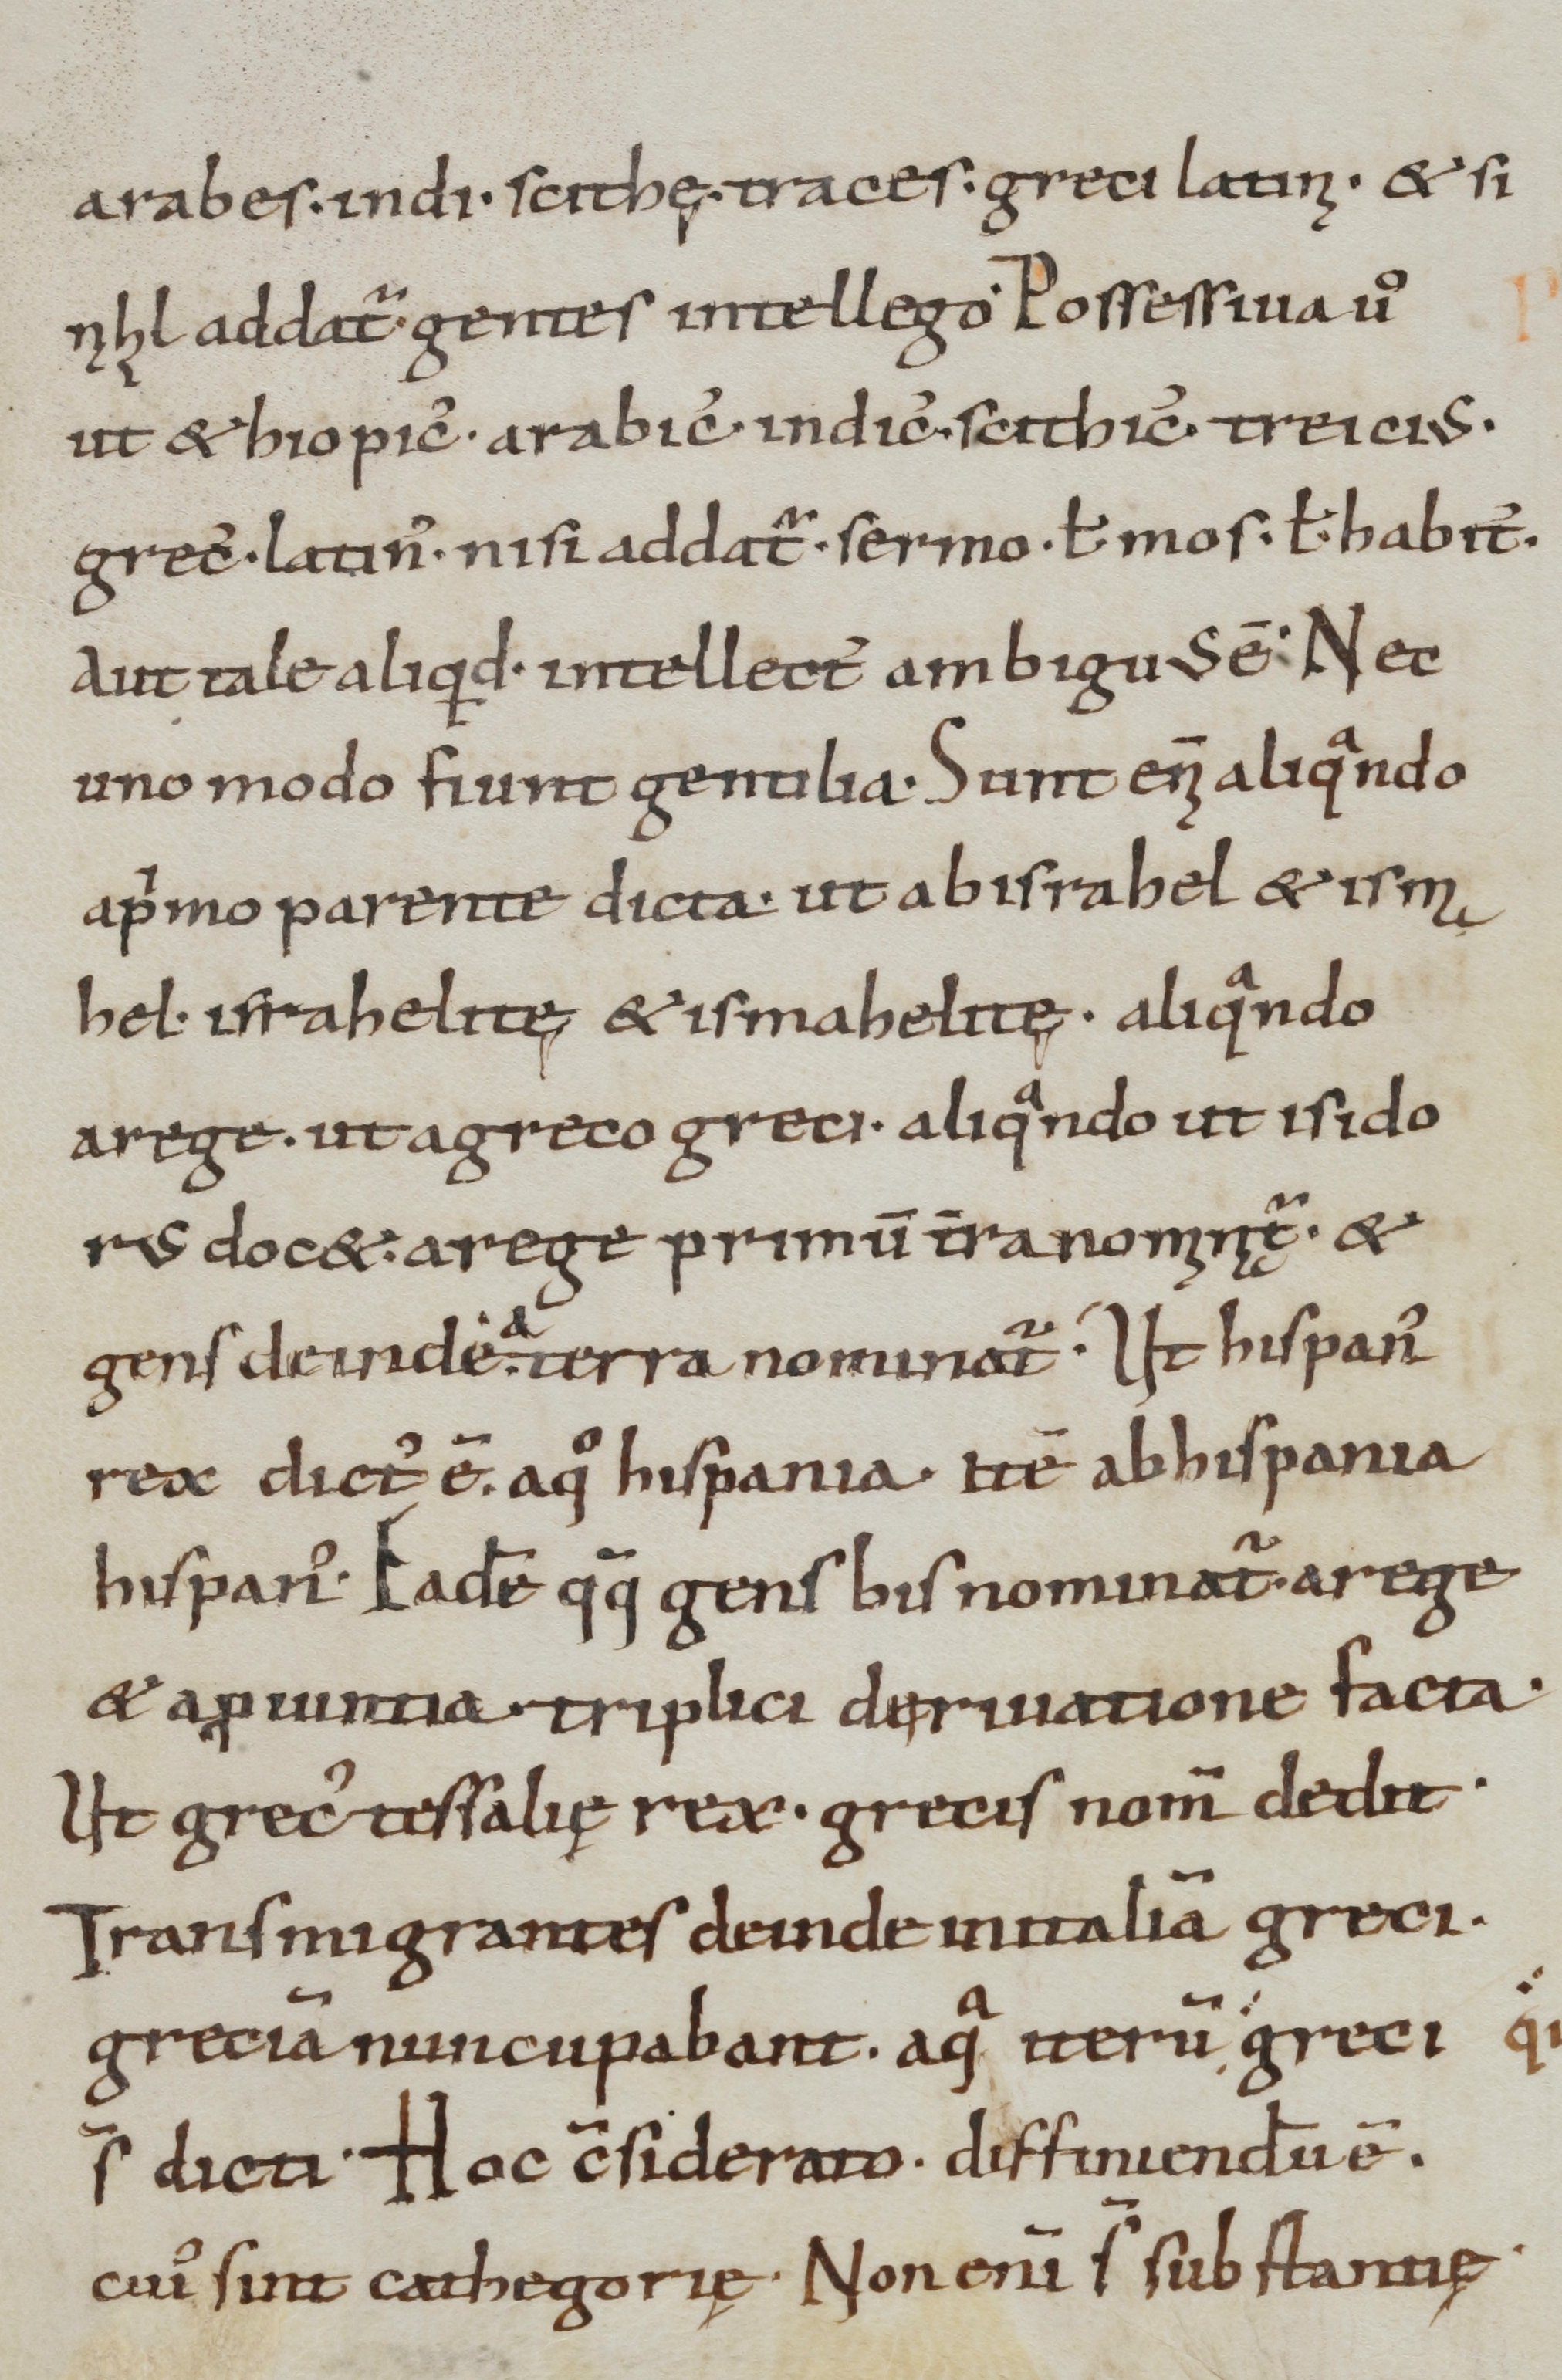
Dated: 800–999